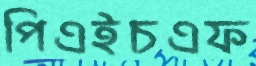
পিএইচএফ